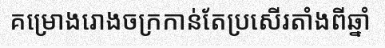
គម្រោងរោងចក្រកាន់តែប្រសើរតាំងពីឆ្នាំ